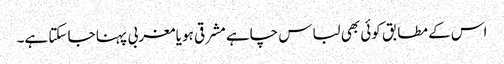
اس کے مطابق کوئی بھی لباس چاہے مشرقی ہو یا مغربی پہنا جا سکتا ہے۔